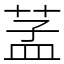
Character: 䓝